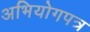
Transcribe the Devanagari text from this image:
अभियोगपत्र